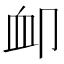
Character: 卹